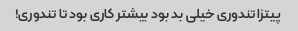
پیتزا تندورى خیلى بد بود بیشتر کارى بود تا تندورى!